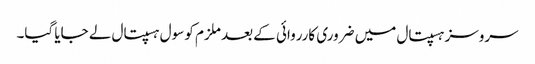
سروسز ہسپتال میں ضروری کارروائی کے بعد ملزم کو سول ہسپتال لے جایا گیا۔